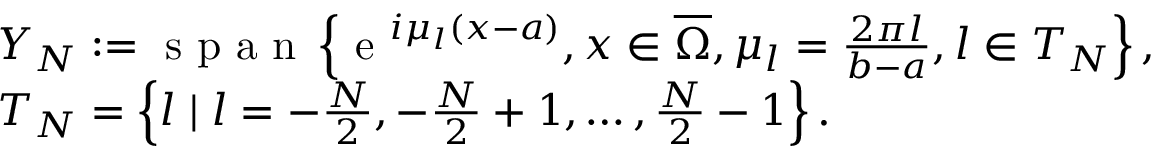
\begin{array} { r l } & { Y _ { N } : = \textrm { s p a n } \left\{ \textrm { e } ^ { i \mu _ { l } ( x - a ) } , x \in \overline { { \Omega } } , \mu _ { l } = \frac { 2 \pi l } { b - a } , l \in { T } _ { N } \right\} , } \\ & { { T } _ { N } = \left\{ l \mid l = - \frac { N } { 2 } , - \frac { N } { 2 } + 1 , \ldots , \frac { N } { 2 } - 1 \right\} . } \end{array}